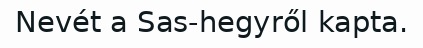
Nevét a Sas-hegyről kapta.